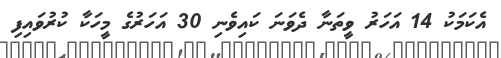
އެކަމަކު 14 އަހަރު ވީތަނާ ދެވަނަ ކައިވެނި 30 އަހަރުގެ މީހަކާ ކުރުވައިފި